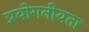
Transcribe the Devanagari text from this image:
प्रयोगनीयता